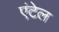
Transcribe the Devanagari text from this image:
एंटेल